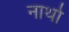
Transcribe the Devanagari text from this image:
नार्था